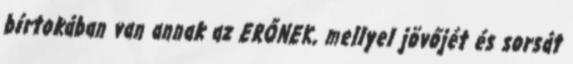
bírtokában van annak az ERŐNEK, mellyel jövőjét és sorsát